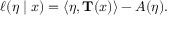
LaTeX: \ell ( { \boldsymbol { \eta } } \mid x ) = \langle { \boldsymbol { \eta } } , \mathbf { T } ( x ) \rangle - A ( { \boldsymbol { \eta } } ) .